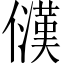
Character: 𪝳